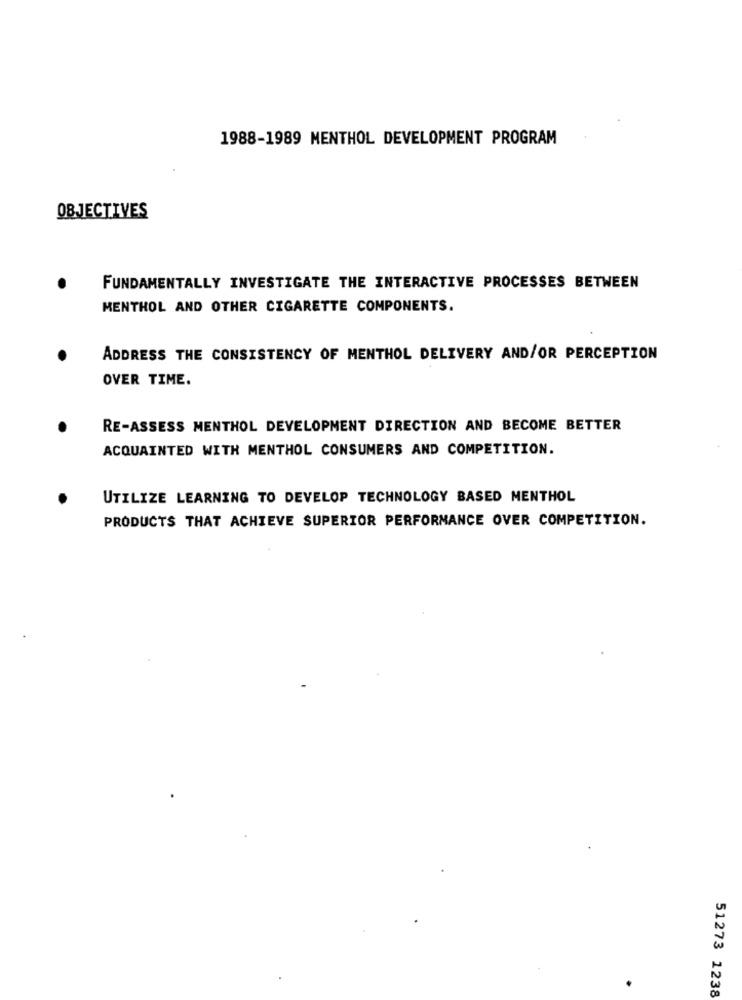
1988-1989 MENTHOL DEVELOPMENT PROGRAM
OBJECTIVES
FUNDAMENTALLY INVESTIGATE THE INTERACTIVE PROCESSES BETWEEN
MENTHOL AND OTHER CIGARETTE COMPONENTS.
ADDRESS THE CONSISTENCY OF MENTHOL DELIVERY AND/OR PERCEPTION
OVER TIME.
RE-ASSESS MENTHOL DEVELOPMENT DIRECTION AND BECOME BETTER
ACQUAINTED WITH MENTHOL CONSUMERS AND COMPETITION.
UTILIZE LEARNING TO DEVELOP TECHNOLOGY BASED MENTHOL
PRODUCTS THAT ACHIEVE SUPERIOR PERFORMANCE OVER COMPETITION.
51273 1238